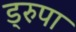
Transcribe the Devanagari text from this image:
ड्रुपा